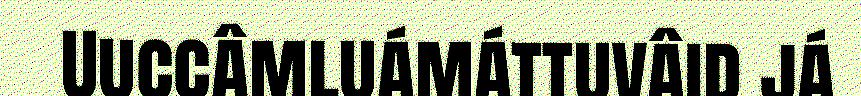
Uuccâmluámáttuvâid já